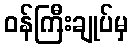
ဝန်ကြီးချုပ်မှ